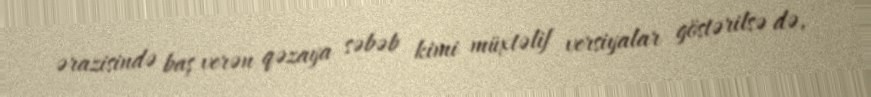
ərazisində baş verən qəzaya səbəb kimi müxtəlif versiyalar göstərilsə də,